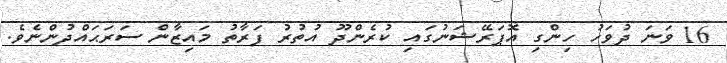
16 ވަނަ ދުވަހު ހިންގި އޮޕަރޭޝަނުގައި ކުރެންދޫ އުތުރު ފަރާތު މައިޒާން ސަރަޙައްދުންނެވެ.